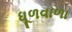
ધૂળવાળા